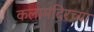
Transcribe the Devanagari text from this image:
कलामंदिरच्या